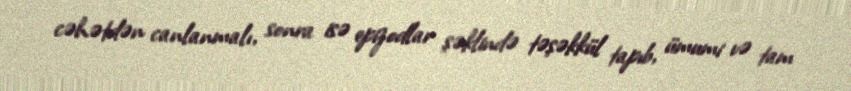
cəhətdən canlanmalı, sonra isə epizodlar şəklində təşəkkül tapıb, ümumi və tam